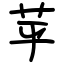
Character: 苸